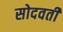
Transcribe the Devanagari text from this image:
सोदवती